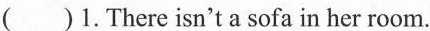
()1.There isn't a sofa in her room.